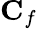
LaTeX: \mathbf{C}_{f}